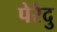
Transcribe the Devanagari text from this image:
पेरेदु